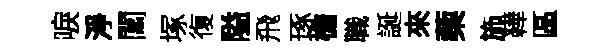
唳淨閶塚復隘飛琢檐職誕來蔾斾鞾區